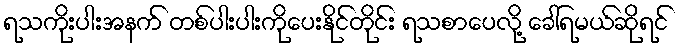
ရသကိုးပါးအနက် တစ်ပါးပါးကိုပေးနိုင်တိုင်း ရသစာပေလို့ ခေါ်ရမယ်ဆိုရင်